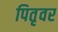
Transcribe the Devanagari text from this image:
पितृवर